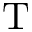
\mathrm { T }